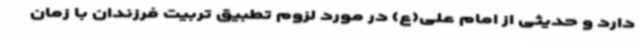
دارد و حدیثی از امام علی(ع) در مورد لزوم تطبیق تربیت فرزندان با زمان